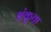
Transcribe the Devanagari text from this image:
शंकूचा